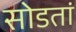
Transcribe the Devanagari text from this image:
सोडतां